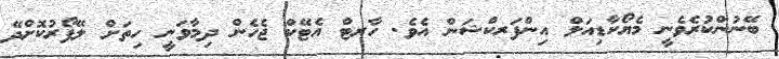
ބޭނުންކުރެވެނީ މެޔޯކާޑިއަލް އިންފަރކްޝަން އެވެ. ހާރޓް އެޓޭކް ޖެހެން ދިމާވަނީ ހިތަށް ލޭފޯރުކޮށްދޭ